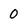
Character: 0